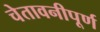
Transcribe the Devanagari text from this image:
चेतावनीपूर्ण